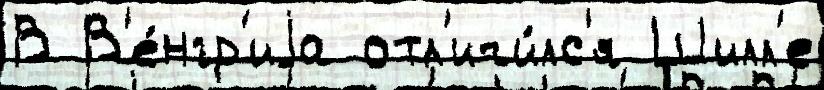
В В'е́нгр'иjа отл'ичи́лс'я Шилл'е